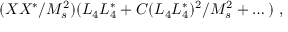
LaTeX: ( X X ^ { * } / M _ { s } ^ { 2 } ) ( L _ { 4 } L _ { 4 } ^ { * } + C ( L _ { 4 } L _ { 4 } ^ { * } ) ^ { 2 } / M _ { s } ^ { 2 } + \dots ) ~ ,